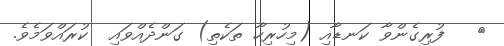
٦   ފުރިގެންވާ ކަނޑާއި (މިހުރިހާ ތަކެތި) ގަންދެއްވައި  ކުރައްވަމެވެ.